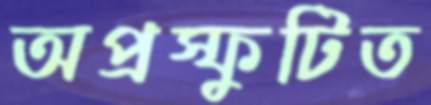
অপ্রস্ফুটিত